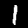
Label: 1